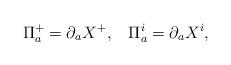
LaTeX: \begin{align*}\Pi^{+}_a = \partial_a X^+, \hspace{3mm} \, \Pi^i_a = \partial_{a} X^i,\end{align*}